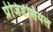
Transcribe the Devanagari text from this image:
प्रेजिडेंशियल